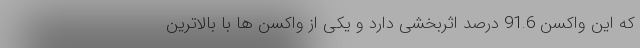
که این واکسن 91.6 درصد اثربخشی دارد و یکی از واکسن ها با بالاترین